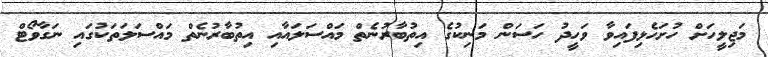
މަޖިލީހަށް ހުށަހެޅިފައިވާ ވަހީދު ހަސަން މަނިކުގެ އިތުބާރުނެތް މައްސަލައާއި އިތުބާރުނެތް މައްސަލަތަކުގައި ނަގާވޯޓް